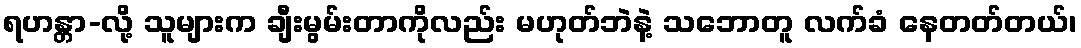
ရဟန္တာ-လို့ သူများက ချီးမွမ်းတာကိုလည်း မဟုတ်ဘဲနဲ့ သဘောတူ လက်ခံ နေတတ်တယ်၊